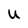
Character: U